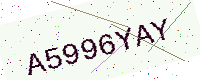
Text: A5996YAY